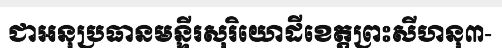
ជាអនុប្រធានមន្ទីរសុរិយោដីខេត្តព្រះសីហនុ៣-